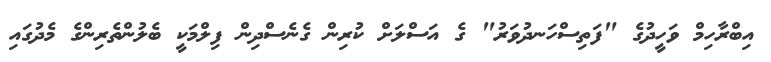
އިބްރާހިމް ވަހީދުގެ "ފަތިސްހަނދުވަރު" ގެ އަސްލަށް ކުރިން ގެނެސްދިން ފިލްމަކީ ބެލުންތެރިންގެ މެދުގައި